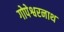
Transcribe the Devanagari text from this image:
गोपेश्वरनाथ